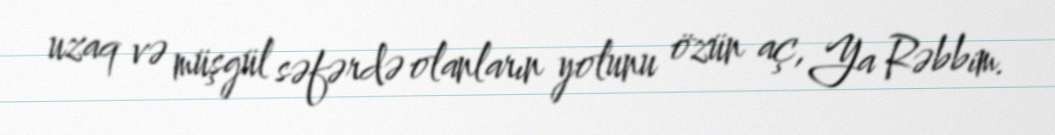
uzaq və müşgül səfərdə olanların yolunu özün aç, Ya Rəbbim.